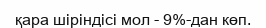
қара шіріндісі мол - 9%-дан көп.